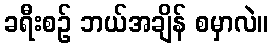
ခရီးစဉ် ဘယ်အချိန် စမှာလဲ။